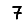
Digit: 7